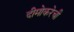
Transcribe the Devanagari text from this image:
दीमोकरेची